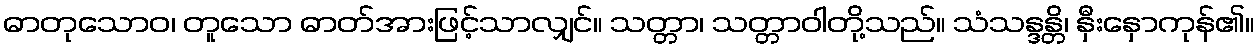
ဓာတုသောဝ၊ တူသော ဓာတ်အားဖြင့်သာလျှင်။ သတ္တာ၊ သတ္တာဝါတို့သည်။ သံသန္ဒန္တိ၊ နှီးနှောကုန်၏။